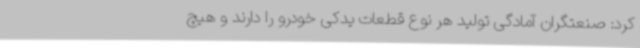
کرد: صنعتگران آمادگی تولید هر نوع قطعات یدکی خودرو را دارند و هیچ